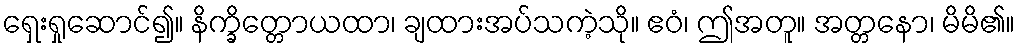
ရှေးရှုဆောင်၍။ နိက္ခိတ္တောယထာ၊ ချထားအပ်သကဲ့သို။ ဧဝံ၊ ဤအတူ။ အတ္တနော၊ မိမိ၏။